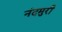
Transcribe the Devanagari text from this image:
नंदमुरी